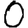
Digit: 0